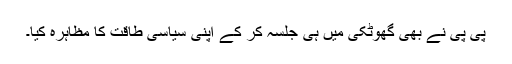
پی پی نے بھی گھوٹکی میں ہی جلسہ کر کے اپنی سیاسی طاقت کا مظاہرہ کیا۔